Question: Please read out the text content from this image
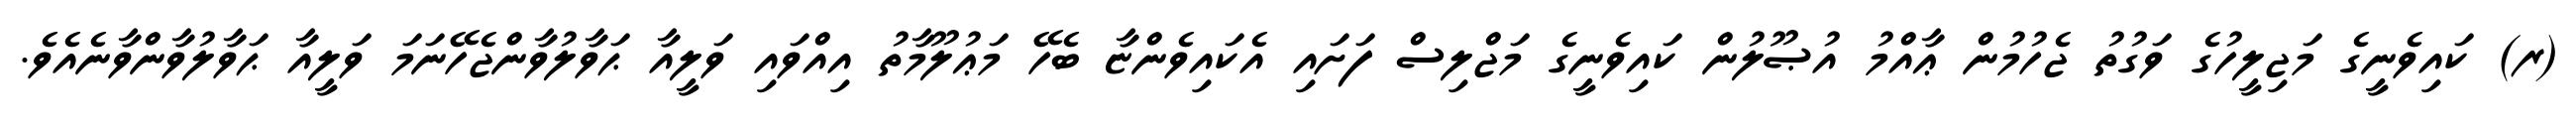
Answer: (ރ) ކައިވެނީގެ މަޖިލީހުގެ ވަގުތު ޖެހުމުން ޢާއްމު އުޞޫލުން ކައިވެނީގެ މަޖްލިސް ފަށައި އެކައިވެންޏާ ބެހޭ މަޢުލޫމާތު އިއްވައި ވަލީއާ ޙަވާލުވާންޖެހޭނަމަ ވަލީއާ ޙަވާލުވާންވާނެއެވެ.